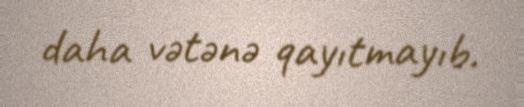
daha vətənə qayıtmayıb.